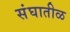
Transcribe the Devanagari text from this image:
संघातीळ